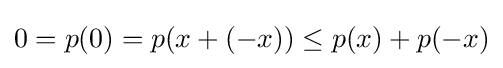
0=p(0)=p(x+(-x))\leq p(x)+p(-x)